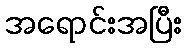
အရောင်းအပြီး